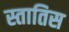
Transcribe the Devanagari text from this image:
स्तातिस